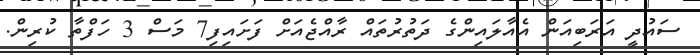
ސައުދީ އަރަބިއަން އެއާލައިންގެ ދަތުރުތައް ރާއްޖެއަށް ފަށައިފި7 މަސް 3 ހަފްތާ ކުރިން.